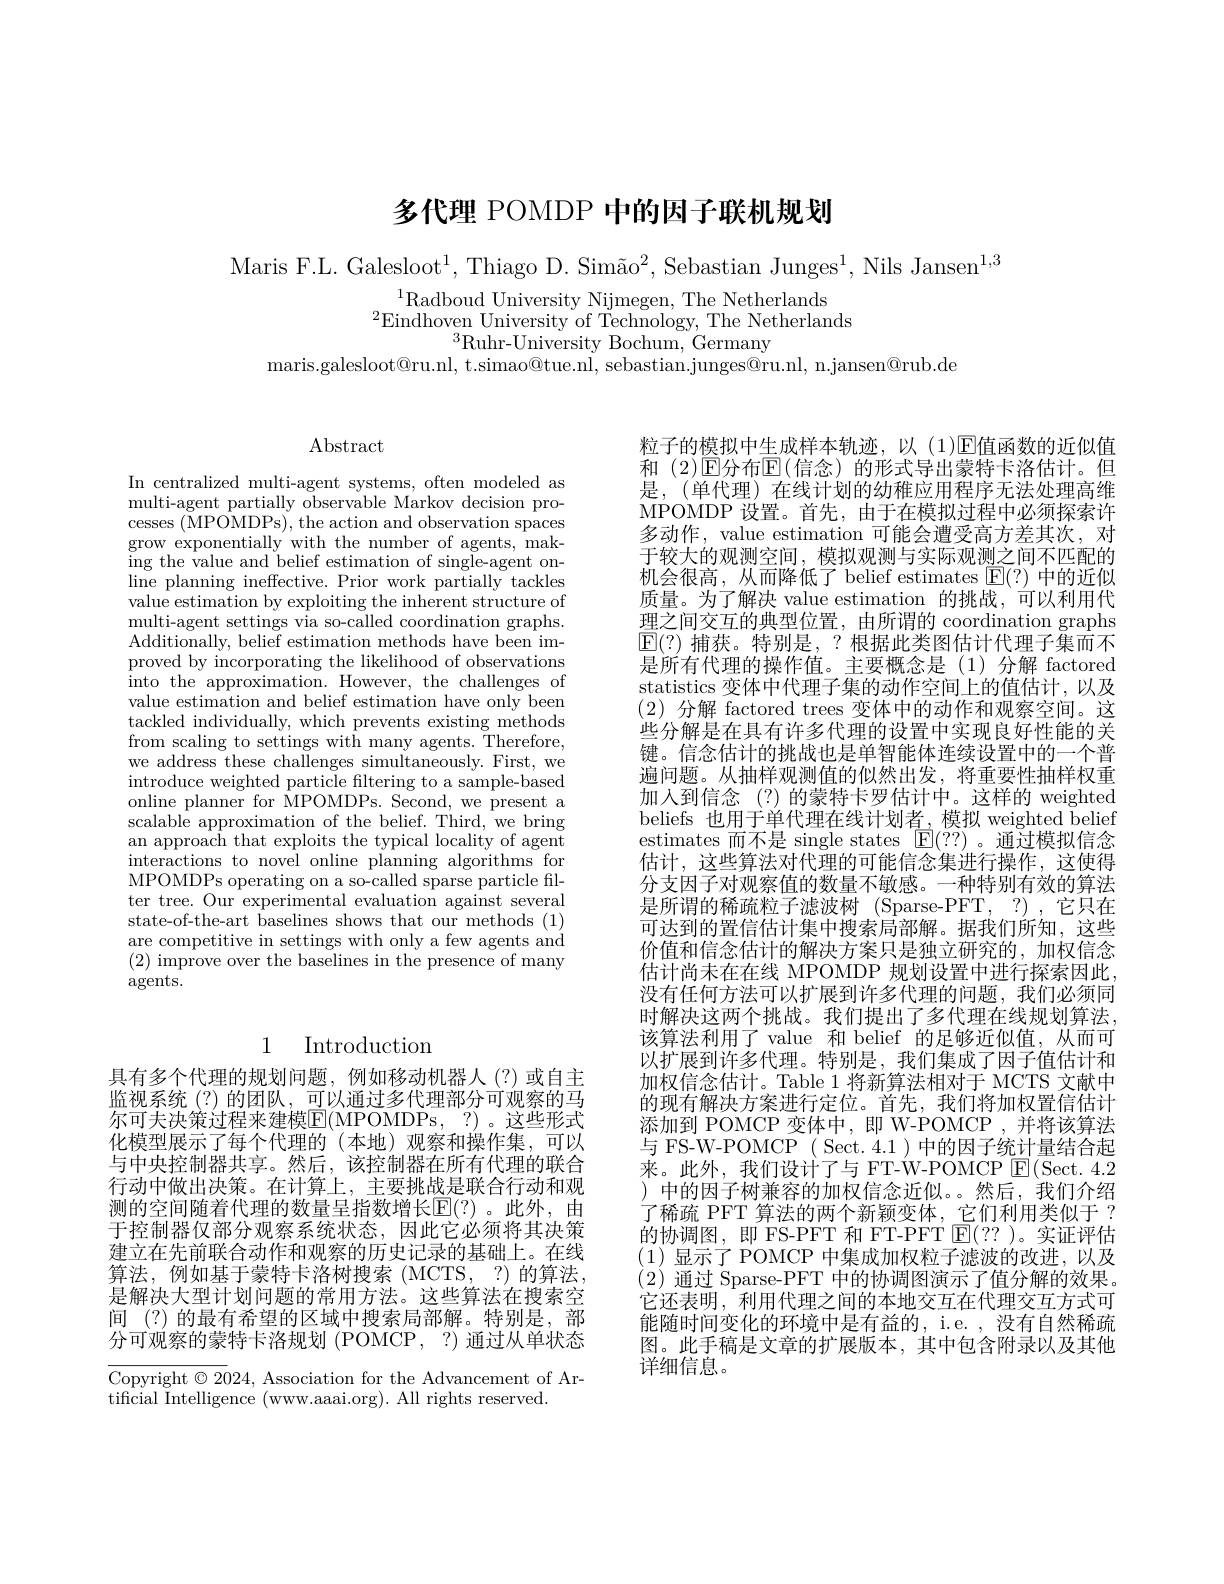
多代理 POMDP 中的因子联机规划

Maris F.L. Galesloot$^1$, Thiago D. Simão$^2$, Sebastian Junges$^1$, Nils Jansen$^1,3$
$^{1}$Radboud University Nijmegen, The Netherlands
$^{2}$Eindhoven University of Technology, The Netherlands
$^{3}$Ruhr-University Bochum, Germany
maris.galesloot@ru.nl, t.simao@tue.nl, sebastian.junges@ru.nl, n.jansen@rub.de

$\operatorname{Abstract}$

In centralized multi-agent systems, often modeled as multi-agent partially observable Markov decision processes (MPOMDPs), the action and observation spaces grow exponentially with the number of agents, making the value and belief estimation of single- agent on- line planning ineffective. Prior work partially tackles value estimation by exploiting the inherent structure of multi-agent settings via so-called coordination graphs. $\bar{\text{Additionally, belief estimation methods have been im-}}$ proved by incorporating the likelihood of observations into the approximation. However, the challenges of value estimation and belief estimation have only been tackled individually, which prevents existing methods from scaling to settings with many agents. Therefore, we address these challenges simultaneously. First, we introduce weighted particle filtering to a sample-based online planner for MPOMDPs. Second, we present a scalable approximation of the belief. Third, we bring an approach that exploits the typical locality of agent interactions to novel online planning algorithms for MPOMDPs operating on a so-called sparse particle filter tree. Our experimental evaluation against several state-of-the-art baselines shows that our methods (1) are competitive in settings with only a few agents and (2) improve over the baselines in the presence of many $\operatorname{agents.}$

## 1 Introduction

具有多个代理的规划问题，例如移动机器人(?)或自主监视系统(?)的团队，可以通过多代理部分可观察的马尔可夫决策过程来建模E$( MPOMDPs$, $? ) 。这 些 形 式$ 化模型展示了每个代理的 (本地)观察和操作集，可以与中央控制器共享。然后，该控制器在所有代理的联合行动中做出决策。在计算上，主要挑战是联合行动和观测的空间随着代理的数量呈指数增长E(?)。此外，由于控制器仅部分观察系统状态，因此它必须将其决策建立在先前联合动作和观察的历史记录的基础上。在线算法，例如基于蒙特卡洛树搜索(MCTS,?)的算法， 是解决大型计划问题的常用方法。这些算法在搜索空间 (?)的最有希望的区域中搜索局部解。特别是，部分可观察的蒙特卡洛规划 (POMCP, ?) 通过从单状态

Copyright $\odot2024$, Association for the Advancement of Ar-
tificial Intelligence (www.aaai.org). All rights reserved.

粒子的模拟中生成样本轨迹，以(1)☑值函数的近似值和 (2)$\operatorname{E\text{分布}E}($信念)的形式导出蒙特卡洛估计。但是，(单代理)在线计划的幼稚应用程序无法处理高维MPOMDP 设置。首先，由于在模拟过程中必须探索许多动作，value estimation 可能会遭受高方差其次，对于较大的观测空间，模拟观测与实际观测之间不匹配的机会很高，从而降低了 belief estimates $\boxed{\mathrm{F}}(?)$中的近似质量。为了解决 value estimation 的挑战，可以利用代理之间交互的典型位置，由所谓的 coordination graphs $\operatorname{E}(?)$捕获。特别是，?根据此类图估计代理子集而不是所有代理的操作值。主要概念是(1)分解 factored statistics 变体中代理子集的动作空间上的值估计，以及(2)分解 factored trees 变体中的动作和观察空间。这些分解是在具有许多代理的设置中实现良好性能的关键。信念估计的挑战也是单智能体连续设置中的一个普遍问题。从抽样观测值的似然出发，将重要性抽样权重加入到信念(?)的蒙特卡罗估计中。这样的 weighted beliefs 也用于单代理在线计划者，模拟 weighted belief estimates 而不是 single states $\boxed{\mathrm{F}}(??)$。通过模拟信念估计，这些算法对代理的可能信念集进行操作，这使得分支因子对观察值的数量不敏感。一种特别有效的算法是所谓的稀疏粒子滤波树(Sparse-PFT,?),它只在可达到的置信估计集中搜索局部解。据我们所知，这些价值和信念估计的解决方案只是独立研究的，加权信念估计尚未在在线 MPOMDP 规划设置中进行探索因此没有任何方法可以扩展到许多代理的问题，我们必须同时解决这两个挑战。我们提出了多代理在线规划算法该算法利用了 value 和 belief 的足够近似值，从而可以扩展到许多代理。特别是，我们集成了因子值估计和加权信念估计。Table 1 将新算法相对于 MCTS 文献中的现有解决方案进行定位。首先，我们将加权置信估计添加到 POMCP 变体中，即 W-POMCP ,并将该算法与 FS-W-POMCP ( Sect. 4.1 )中的因子统计量结合起来。此外，我们设计了与 FT-W-POMCP $\operatorname{E}(\operatorname{Sect.}4.2$ )中的因子树兼容的加权信念近似。然后，我们介绍了稀疏 PFT 算法的两个新颖变体，它们利用类似于 ? 的协调图，即 FS-PFT 和 FT-PFT $\boxed{\mathrm{E}}(??)$。实证评估(1)显示了 POMCP 中集成加权粒子滤波的改进，以及(2)通过 Sparse-PFT 中的协调图演示了值分解的效果。它还表明，利用代理之间的本地交互在代理交互方式可能随时间变化的环境中是有益的，i.e. , 没有自然稀疏图。此手稿是文章的扩展版本，其中包含附录以及其他详细信息。